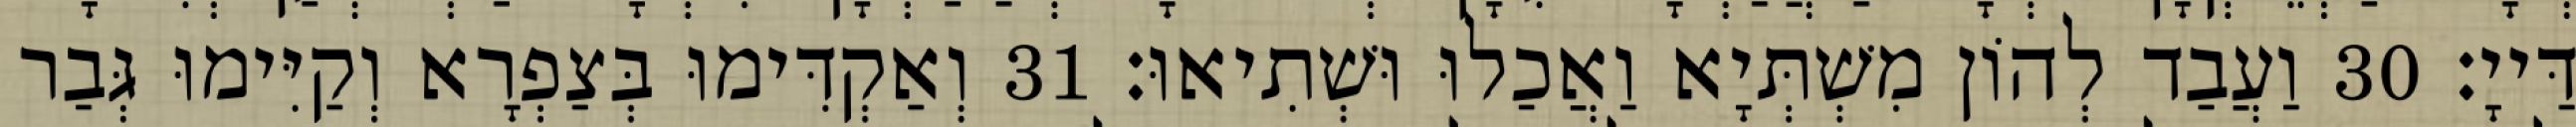
דַּייָ׃ 30 וַעֲבַד לְהוֹן מִשְׁתְּיָא וַאֲכַלוּ וּשְׁתִיאוּ׃ 31 וְאַקְדִּימוּ בְּצַפְרָא וְקַיִּימוּ גְּבַר